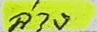
ล่าง